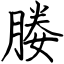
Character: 媵